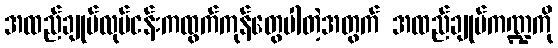
အထည်ချုပ်လုပ်ငန်းကထွက်ကုန်တွေပါတဲ့အတွက် အထည်ချုပ်ကဏ္ဍကို